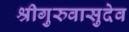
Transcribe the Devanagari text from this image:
श्रीगुरुवासुदेव